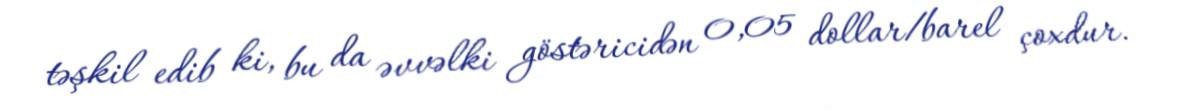
təşkil edib ki, bu da əvvəlki göstəricidən 0,05 dollar/barel çoxdur.